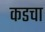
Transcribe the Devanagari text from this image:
कडचा